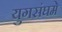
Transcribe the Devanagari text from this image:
युगसंघमे